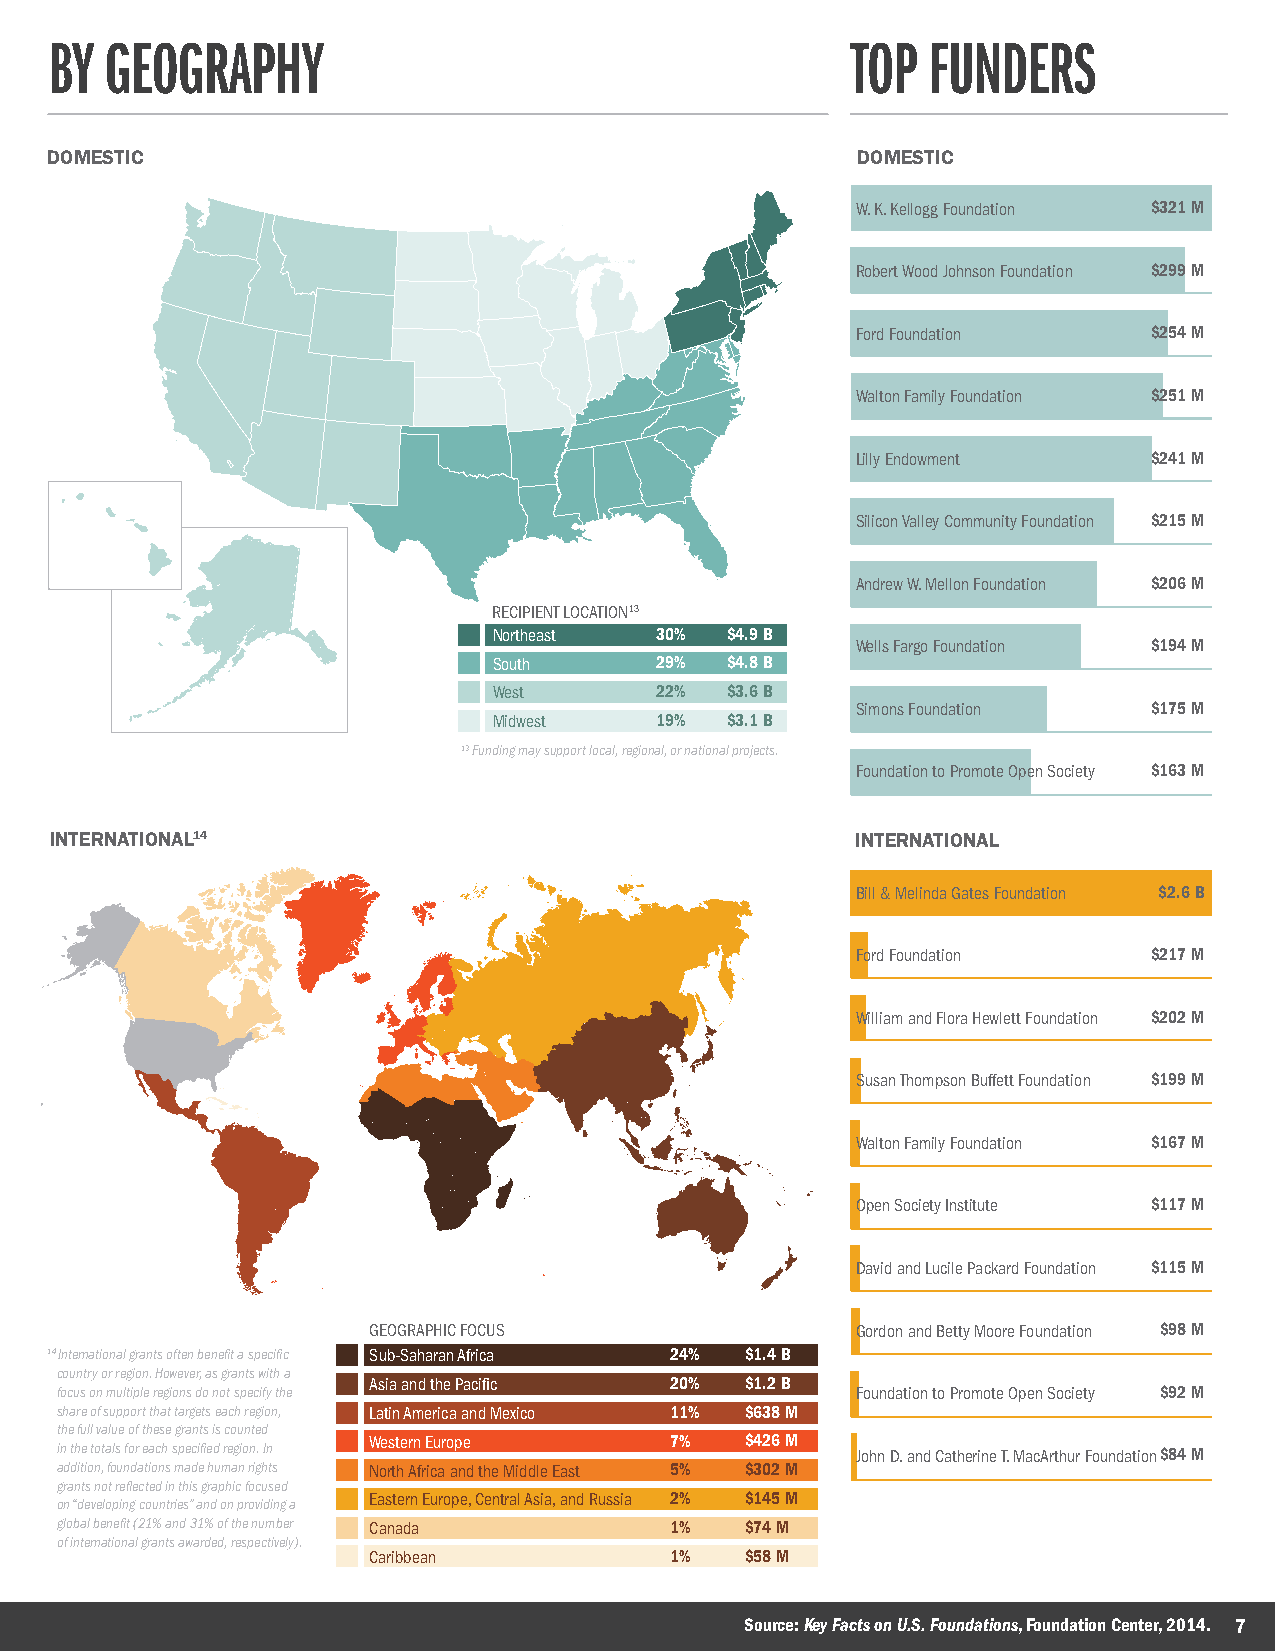
BY  GEOGRAPHY                                        TOP  FUNDERS
 DOMESTIC                                              DOMESTIC
 W. K. Kellogg Foundation $321 M
 Robert Wood Johnson Foundation $299 M
 Ford Foundation    $254 M
 Walton Family Foundation $251 M
 Lilly Endowment    $241 M
 Silicon Valley Community Foundation $215 M
 Andrew W. Mellon Foundation $206 M
 RECIPIENT LOCATION13
 Northeast 30%  $4.9 B
 Wells Fargo Foundation $194 M
 South     29%  $4.8 B
 West      22%  $3.6 B
 Simons Foundation  $175 M
 Midwest   19%  $3.1 B
 13 Funding may support local, regional, or national projects.
 Foundation to Promote Open Society $163 M
 INTERNATIONAL14                                       INTERNATIONAL
 Bill & Melinda Gates Foundation $2.6 B
 Ford Foundation    $217 M
 William and Flora Hewlett Foundation $202 M
 Susan Thompson Buffett Foundation $199 M
 Walton Family Foundation $167 M
 Open Society Institute $117 M
 David and Lucile Packard Foundation $115 M
 GEOGRAPHIC FOCUS                 Gordon and Betty Moore Foundation $98 M
 14 International grants often benefit a specific Sub-Saharan Africa 24% $1.4 B
 country or region. However, as grants with a
 Asia and the Pacific 20% $1.2 B
 focus on multiple regions do not specify the         Foundation to Promote Open Society $92 M
 share of support that targets each region, Latin America and Mexico 11% $638 M
 the full value of these grants is counted
 Western Europe      7%   $426 M
 in the totals for each specified region. In          John D. and Catherine T. MacArthur Foundation$84 M
 addition, foundations made human rights North Africa and the Middle East 5% $302 M
 grants not reflected in this graphic focused
 Eastern Europe, Central Asia, and Russia 2% $145 M
 on “developing countries” and on providing a
 global benefit (21% and 31% of the number Canada 1% $74 M
 of international grants awarded, respectively).
 Caribbean           1%   $58 M
 Source: Key Facts on U.S. Foundations, Foundation Center, 2014. 7